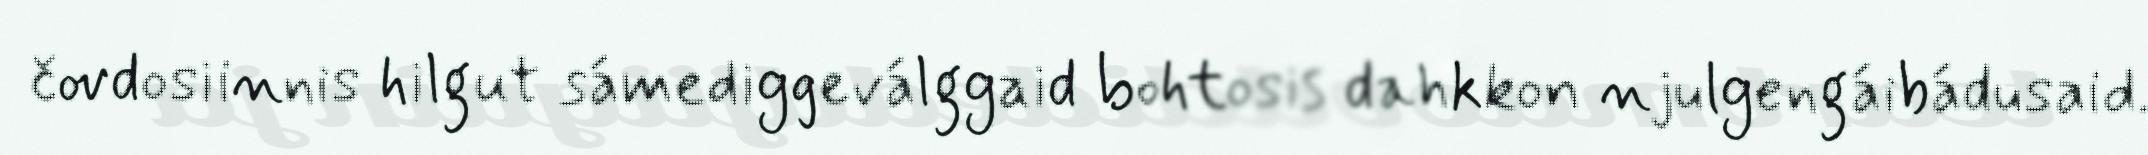
čovdosiinnis hilgut sámediggeválggaid bohtosis dahkkon njulgengáibádusaid.